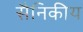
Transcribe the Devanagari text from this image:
सैनिकीय